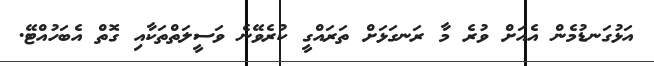
އަޅުގަނޑުމެން އެއަށް ވުރެ މާ ރަނގަޅަށް ތަރައްގީ ކުރެވޭނެ ވަސީލަތްތަކާއި ގޮތް އެބަހުއްޓޭ.